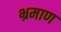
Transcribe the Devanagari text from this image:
भ्रमाण